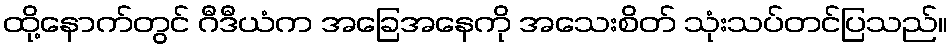
ထို့နောက်တွင် ဂီဒီယံက အခြေအနေကို အသေးစိတ် သုံးသပ်တင်ပြသည်။